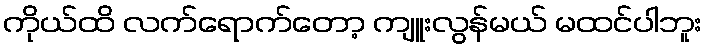
ကိုယ်ထိ လက်ရောက်တော့ ကျူးလွန်မယ် မထင်ပါဘူး